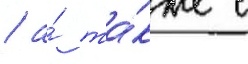
/ а́ та́кже с